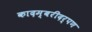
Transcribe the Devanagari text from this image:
कादम्बरीदर्पण